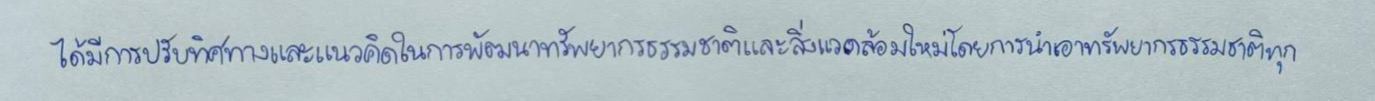
ได้มีการปรับทิศทางและแนวคิดในการพัฒนาทรัพยากรธรรมชาติและสิ่งแวดล้อมใหม่โดยการนำเอาทรัพยากรธรรมชาติทุก